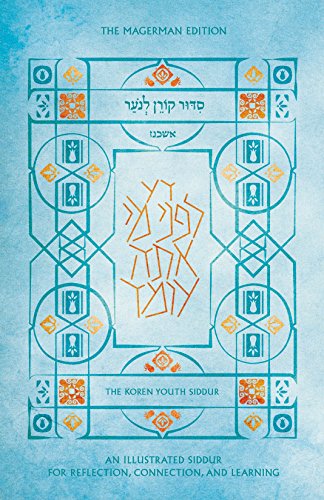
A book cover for Koren Youth Siddur, Standard Size, Ashkenaz, Hebrew/English; Dr. Daniel Rose; Religion & Spirituality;